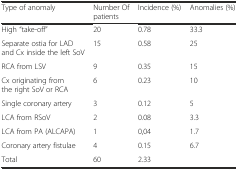
<table><thead><tr><td><b>Type of anomaly</b></td><td><b>Number Of patients</b></td><td><b>Incidence (%)</b></td><td><b>Anomalies (%)</b></td></tr></thead><tbody><tr><td>High “take-off”</td><td>20</td><td>0.78</td><td>33.3</td></tr><tr><td>Separate ostia for LAD and Cx inside the left SoV</td><td>15</td><td>0.58</td><td>25</td></tr><tr><td>RCA from LSV</td><td>9</td><td>0.35</td><td>15</td></tr><tr><td>Cx originating from the right SoV or RCA</td><td>6</td><td>0.23</td><td>10</td></tr><tr><td>Single coronary artery</td><td>3</td><td>0.12</td><td>5</td></tr><tr><td>LCA from RSoV</td><td>2</td><td>0.08</td><td>3.3</td></tr><tr><td>LCA from PA (ALCAPA)</td><td>1</td><td>0,04</td><td>1.7</td></tr><tr><td>Coronary artery fistulae</td><td>4</td><td>0.15</td><td>6.7</td></tr><tr><td>Total</td><td>60</td><td>2.33</td><td></td></tr></tbody></table>